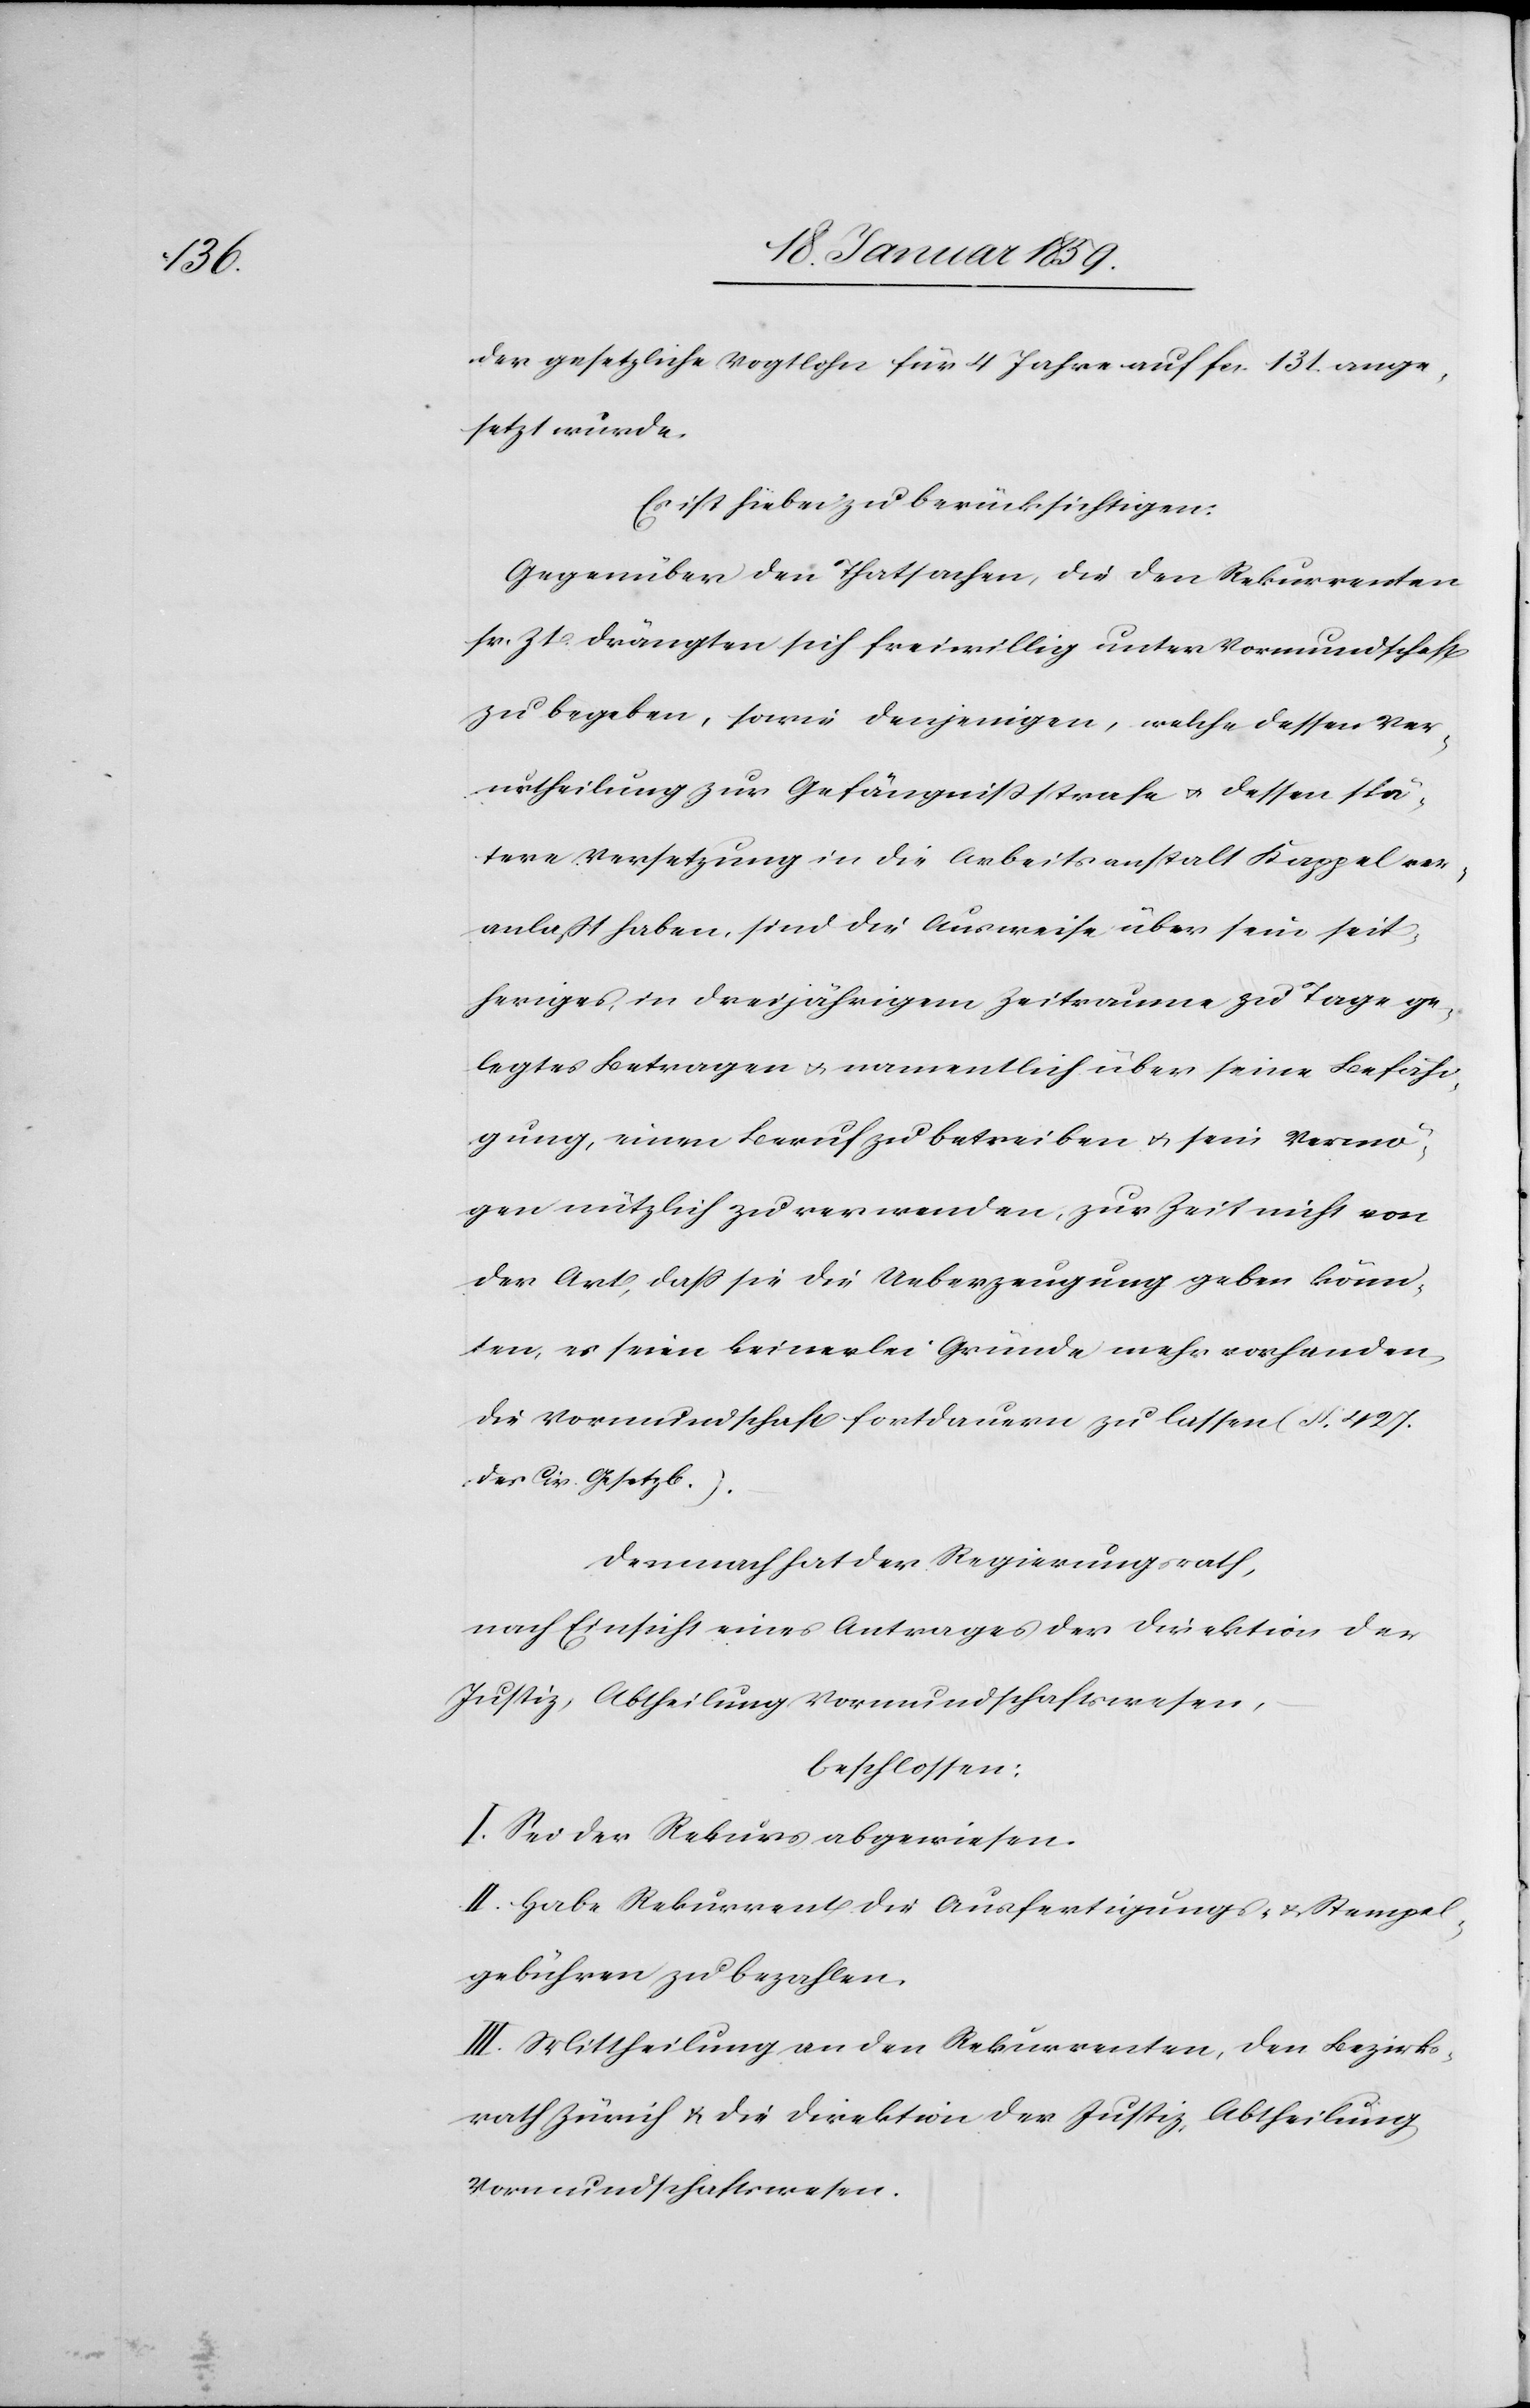
der gesetzliche Vogtlohn für 4 Jahre auf fcs. 131. ange¬
setzt wurde.
Es ist hiebei zu berücksichtigen:
Gegenüber den Thatsachen, die den Rekurrenten
sr. Zt. drängten sich freiwillig unter Vormundschaft
zu begeben, sowie denjenigen, welche dessen Ver¬
urtheilung zur Gefängnißstrafe u. dessen spä¬
tere Versetzung in die Arbeitsanstalt Kappel ver¬
anlaßt haben, sind die Ausweise über sein seit¬
heriges, in dreijährigem Zeitraum zu Tage ge¬
legtes Betragen u. namentlich über seine Befähi¬
gung, einen Beruf zu betreiben u. sein Vermö¬
gen nützlich zu verwenden, zur Zeit nicht von
der Art, daß sie die Ueberzeugung geben könn¬
ten, es seien keinerlei Gründe mehr vorhanden
die Vormundschaft fortdauern zu lassen (§. 427.
des Civ. Gesetzb.).
Demnach hat der Regierungsrath,
nach Einsicht eines Antrages der Direktion der
Justiz, Abtheilung Vormundschaftswesen,
beschlossen:
I. Sei der Rekurs abgewiesen.
II. Habe Rekurrent die Ausfertigungs- & Stempel¬
gebühren zu bezahlen.
III: Mittheilung an den Rekurrenten, den Bezirks¬
rath Zürich u. die Direktion der Justiz, Abtheilung
Vormundschaftswesen.